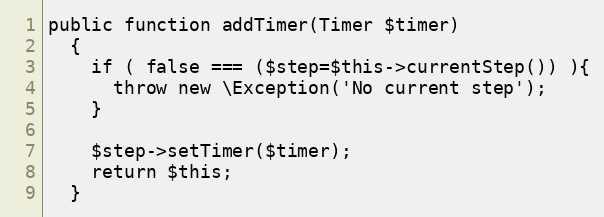
Language: PHP
public function addTimer(Timer $timer)
  {
    if ( false === ($step=$this->currentStep()) ){
      throw new \Exception('No current step');
    }

    $step->setTimer($timer);
    return $this;
  }